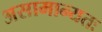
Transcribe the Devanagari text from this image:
असामान्यतः